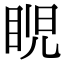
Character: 𥆩